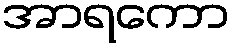
အာရကော